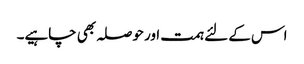
اس کے لئے ہمت اور حوصلہ بھی چاہیے۔